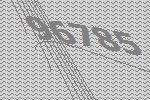
96785